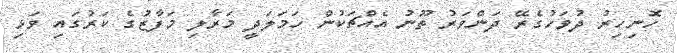
ހޮނިހިރު ދުވަހުގެރޭ ދަންވަރު ތޫނު އެއްޗަކުން ހަމަލަދީ މަރާލި މަފާޒުގެ ކަރުގައި ވަޅި